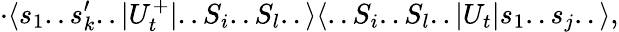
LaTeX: \cdot\langle s_{1}..s_{k}^{\prime}..|U_{t}^{+}|..S_{i}..S_{l}..\rangle\langle..S_{i}..S_{l}..|U_{t}|s_{1}..s_{j}..\rangle,